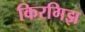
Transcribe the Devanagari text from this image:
किरगिझ